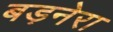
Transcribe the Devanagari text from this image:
बड़नेरा